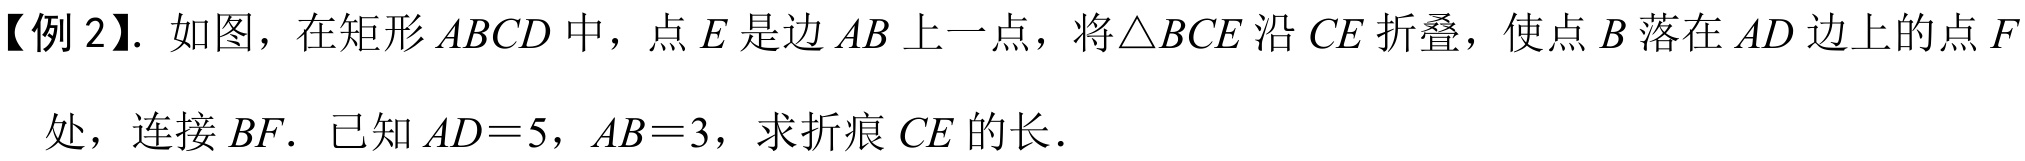
【例 2】. 如图，在矩形 \(ABCD\) 中，点 \(E\) 是边 \(AB\) 上一点，将\(\triangle BCE\) 沿 \(CE\) 折叠，使点 \(B\) 落在 \(AD\) 边上的点 \(F\)
处，连接 \(BF\). 已知 \(AD = 5\)，\(AB = 3\)，求折痕 \(CE\) 的长.